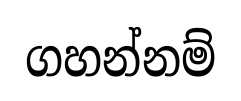
ගහන්නම්